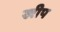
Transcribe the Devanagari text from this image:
खीप